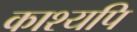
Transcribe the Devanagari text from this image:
काश्यपि